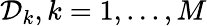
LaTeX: \mathcal{D}_{k},k=1,...,M